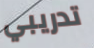
تدريبي